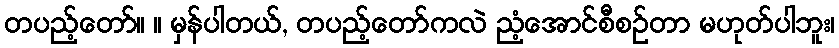
တပည့်တော်။ ။ မှန်ပါတယ်, တပည့်တော်ကလဲ ညံ့အောင်စီစဉ်တာ မဟုတ်ပါဘူး၊